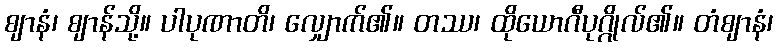
ဈာနံ၊ ဈာန်သို့။ ပါပုဏာတိ၊ လျှောက်၏။ တဿ၊ ထိုယောဂီပုဂ္ဂိုလ်၏။ တံဈာနံ၊